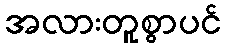
အလားတူစွာပင်